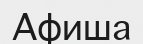
Афиша